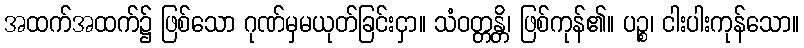
အထက်အထက်၌ ဖြစ်သော ဂုဏ်မှမယုတ်ခြင်းငှာ။ သံဝတ္တန္တိ၊ ဖြစ်ကုန်၏။ ပဉ္စ၊ ငါးပါးကုန်သော။